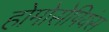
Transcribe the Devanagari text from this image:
होमोसेपियंस